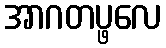
အာဂတပ္ဖလေ